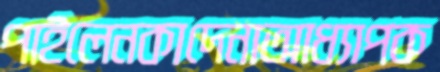
পাইলেনকাদেনাআধ্যাপক